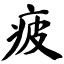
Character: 疲